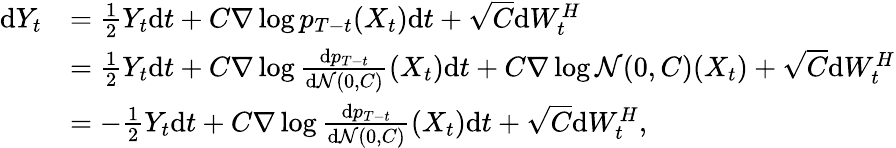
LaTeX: \begin{array}{rl}{\mathrm{d}Y_{t}}&{=\frac{1}{2}Y_{t}\mathrm{d}t+C\nabla\log p_{T-t}(X_{t})\mathrm{d}t+\sqrt{C}\mathrm{d}W_{t}^{H}}\\ &{=\frac{1}{2}Y_{t}\mathrm{d}t+C\nabla\log\frac{\mathrm{d}p_{T-t}}{\mathrm{d}\mathcal{N}(0,C)}(X_{t})\mathrm{d}t+C\nabla\log\mathcal{N}(0,C)(X_{t})+\sqrt{C}\mathrm{d}W_{t}^{H}}\\ &{=-\frac{1}{2}Y_{t}\mathrm{d}t+C\nabla\log\frac{\mathrm{d}p_{T-t}}{\mathrm{d}\mathcal{N}(0,C)}(X_{t})\mathrm{d}t+\sqrt{C}\mathrm{d}W_{t}^{H},}\end{array}